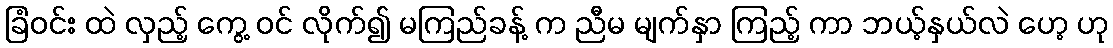
ခြံဝင်း ထဲ လှည့် ကွေ့ ဝင် လိုက်၍ မကြည်ခန့် က ညီမ မျက်နှာ ကြည့် ကာ ဘယ့်နှယ်လဲ ဟေ့ ဟု